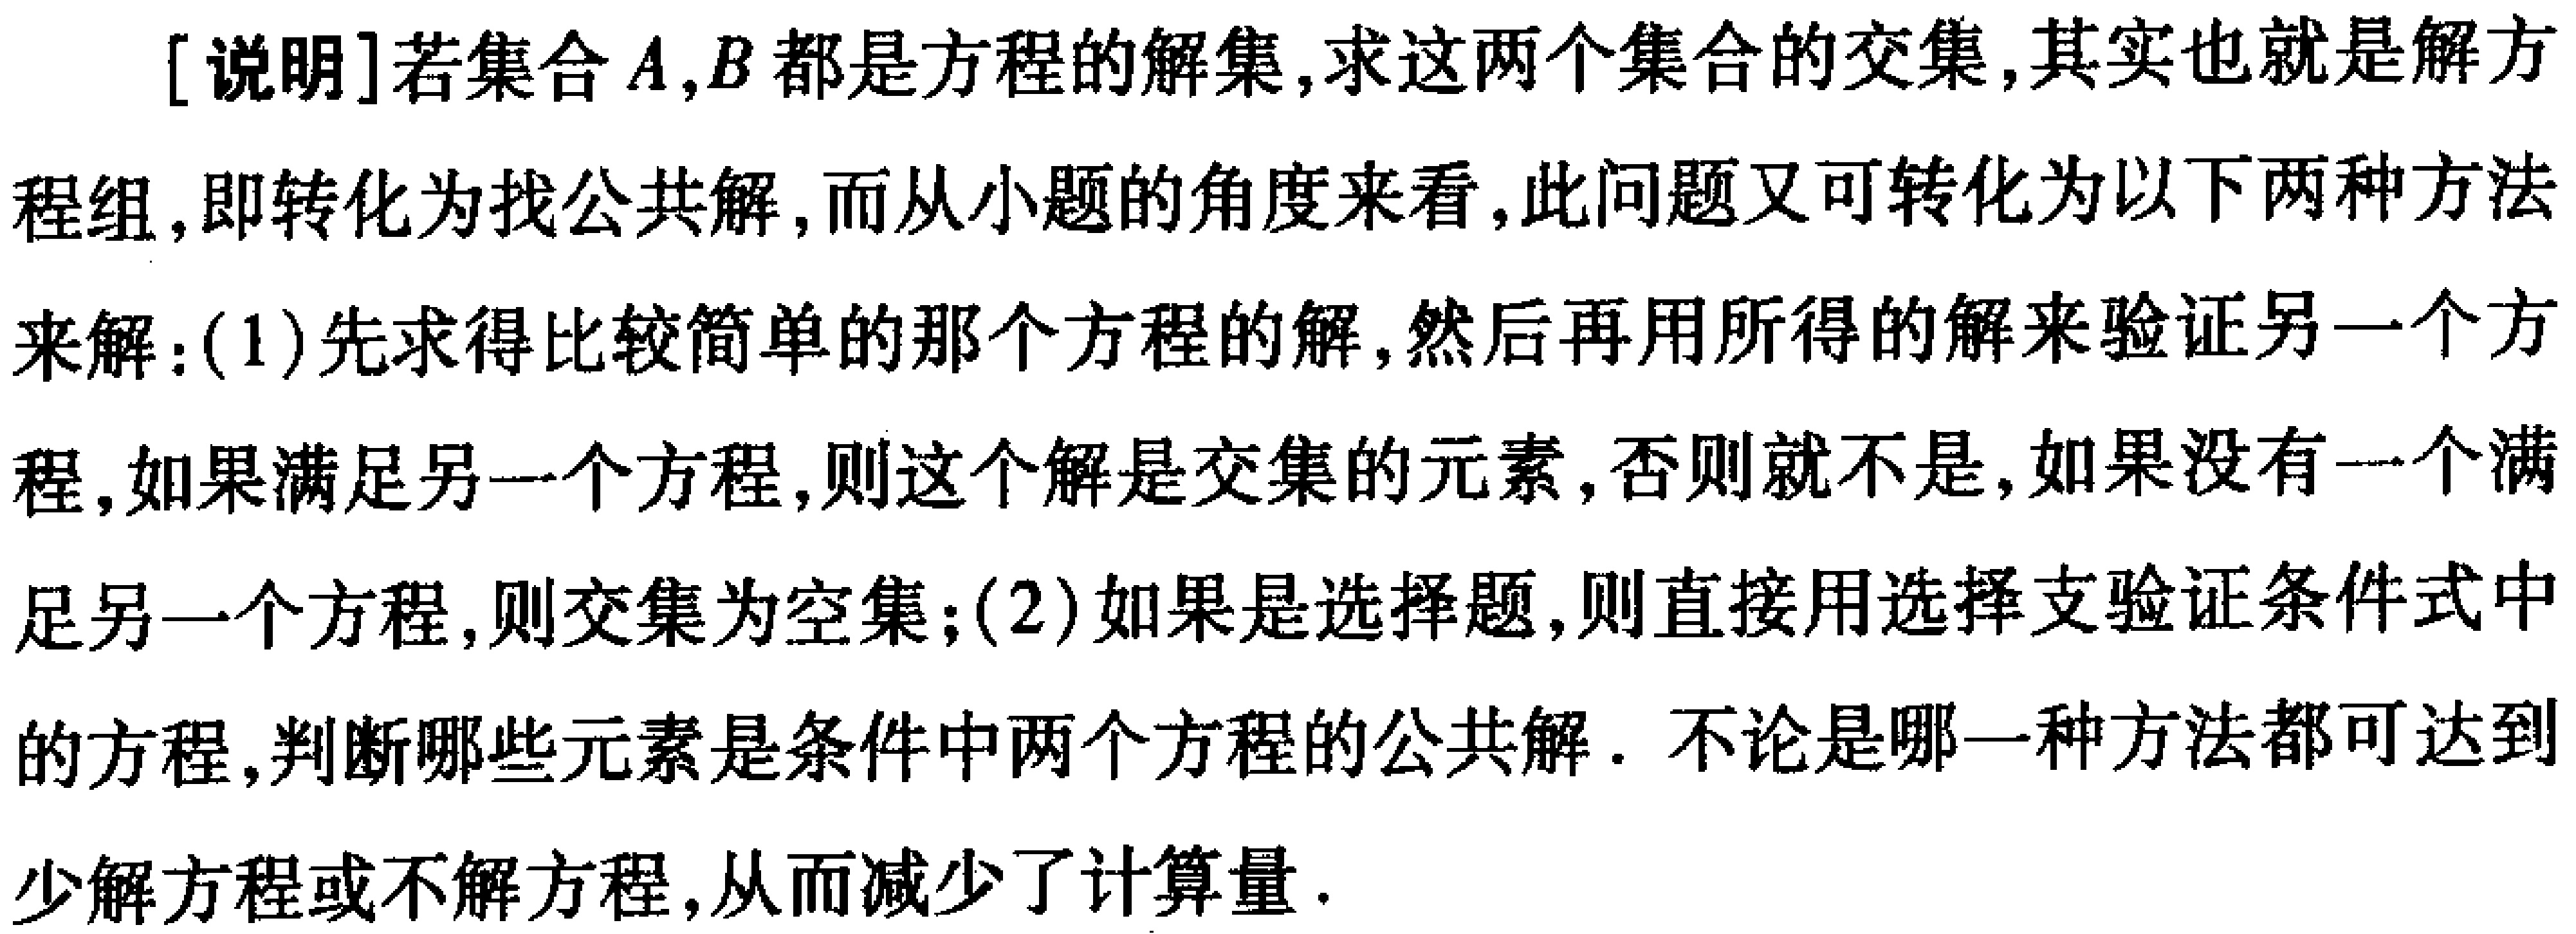
[说明]若集合\(A,B\)都是方程的解集,求这两个集合的交集,其实也就是解方程组,即转化为找公共解,而从小题的角度来看,此问题又可转化为以下两种方法来解:(1)先求得比较简单的那个方程的解,然后再用所得的解来验证另一个方程,如果满足另一个方程,则这个解是交集的元素,否则就不是,如果没有一个满足另一个方程,则交集为空集;(2)如果是选择题,则直接用选择支验证条件式中的方程,判断哪些元素是条件中两个方程的公共解. 不论是哪一种方法都可达到少解方程或不解方程,从而减少了计算量.